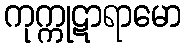
ကုက္ကုဋာရာမော